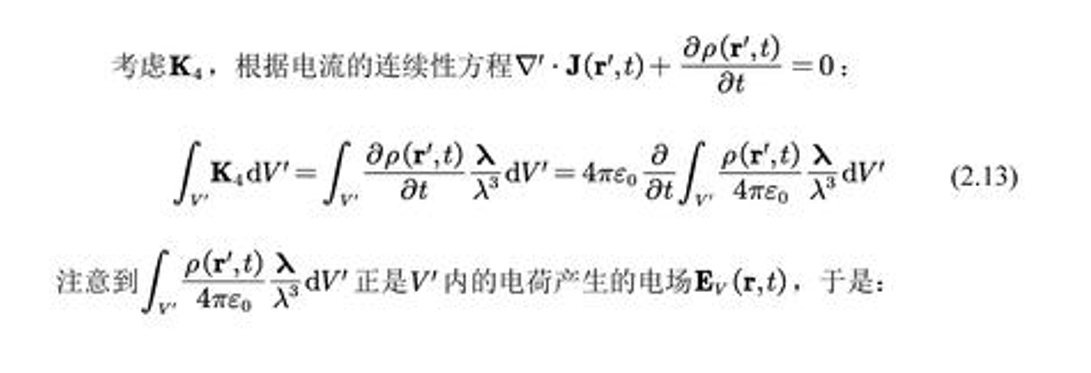
考虑\(\mathbf{K}_{4}\)，根据电流的连续性方程\(\nabla' \cdot \mathbf{J}(\mathbf{r}',t) + \frac{\partial\rho(\mathbf{r}',t)}{\partial t}=0\)：
\[
\int_{V'} \mathbf{K}_{4} \mathrm{d}V'=\int_{V'} \frac{\partial\rho(\mathbf{r}',t)}{\partial t} \frac{\boldsymbol{\lambda}}{\lambda^{3}} \mathrm{d}V' = 4\pi\varepsilon_{0} \frac{\partial}{\partial t} \int_{V'} \frac{\rho(\mathbf{r}',t)}{4\pi\varepsilon_{0}} \frac{\boldsymbol{\lambda}}{\lambda^{3}} \mathrm{d}V' \quad(2.13)
\]
注意到\(\int_{V'} \frac{\rho(\mathbf{r}',t)}{4\pi\varepsilon_{0}} \frac{\boldsymbol{\lambda}}{\lambda^{3}} \mathrm{d}V'\)正是\(V'\)内的电荷产生的电场\(\mathbf{E}_{V}(\mathbf{r},t)\)，于是：